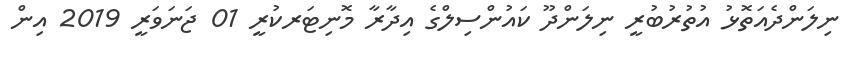
ނިލަންދެއަތޮޅު އުތުރުބުރީ ނިލަންދޫ ކައުންސިލްގެ އިދާރާ މޮނިޓަރކުރީ 01 ޖަނަވަރީ 2019 އިން